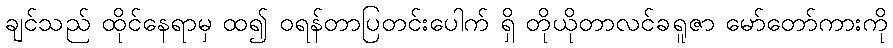
ချင်သည် ထိုင်နေရာမှ ထ၍ ဝရန်တာပြတင်းပေါက် ရှိ တိုယိုတာလင်ခရူဇာ မော်တော်ကားကို